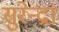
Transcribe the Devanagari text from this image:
सुरेन्द्रा